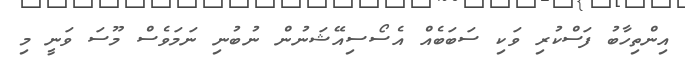
އިންތިހާބު ފަސްކުރި ވަކި ސަބަބެއް އެސޯސިއޭޝަނުން ނުބުނި ނަމަވެސް މޫސަ ވަނީ މި